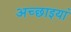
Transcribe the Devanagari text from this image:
अच्छाइयां